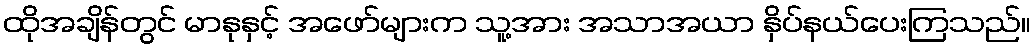
ထိုအချိန်တွင် မာနုနှင့် အဖော်များက သူ့အား အသာအယာ နှိပ်နယ်ပေးကြသည်။